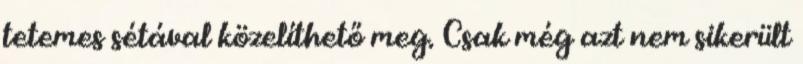
tetemes sétával közelíthető meg. Csak még azt nem sikerült